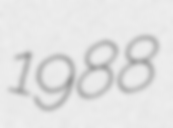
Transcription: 1988